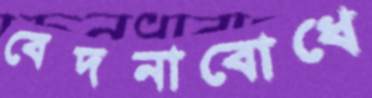
বেদনাবোধে